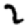
Digit: 2